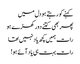
کہنے کو رہتے ہو دل میں
پھر بھی کتنے دور کھڑے ہو
رات ہمیں کچھ یاد نہیں تھا
رات بہت ہی یاد آئے ہو!